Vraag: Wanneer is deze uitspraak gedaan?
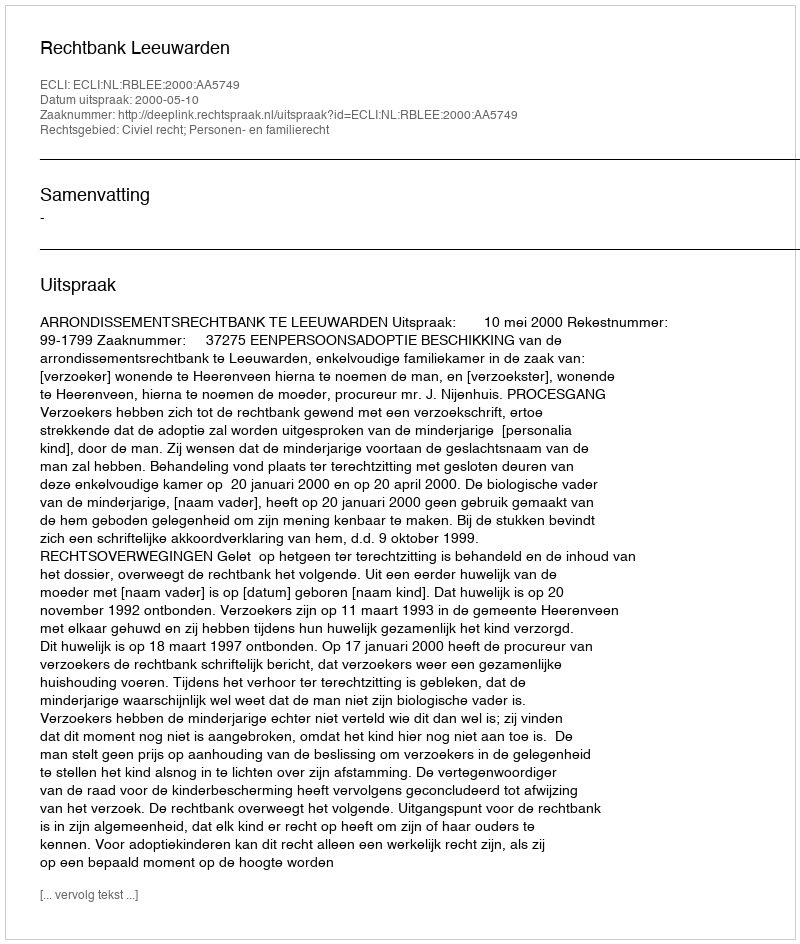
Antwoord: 2000-05-10